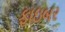
ફાઇબર